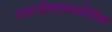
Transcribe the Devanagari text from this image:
गायरडैक्टायलोसिक